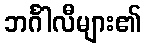
ဘင်္ဂါလီများ၏